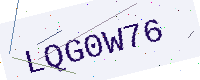
Text: LQG0W76